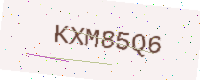
Text: KXM85Q6